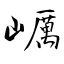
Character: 巁